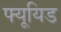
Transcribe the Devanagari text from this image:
फ्यूयिड